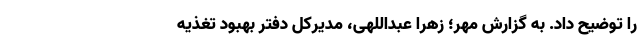
را توضیح داد. به گزارش مهر؛ زهرا عبداللهی، مدیرکل دفتر بهبود تغذیه